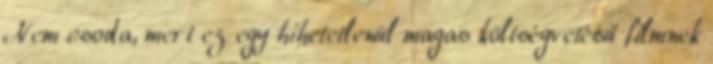
Nem csoda, mert ez egy hihetetlenül magas költségvetésű filmnek